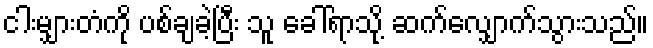
ငါးမျှားတံကို ပစ်ချခဲ့ပြီး သူ ခေါ်ရာသို့ ဆက်လျှောက်သွားသည်။